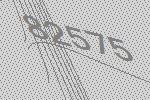
82575